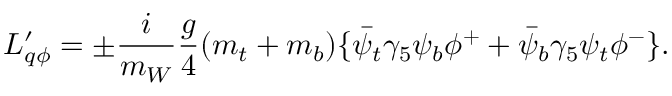
{ \cal L } _ { q \phi } ^ { \prime } = \pm { \frac { i } { m _ { W } } } { \frac { g } { 4 } } ( m _ { t } + m _ { b } ) \{ \bar { \psi } _ { t } \gamma _ { 5 } \psi _ { b } \phi ^ { + } + \bar { \psi } _ { b } \gamma _ { 5 } \psi _ { t } \phi ^ { - } \} .